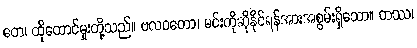
တေ၊ ထိုထောင်မှုးတို့သည်။ ဗလဝတော၊ မင်းကိုဆိုနိုင်ရန်အားအစွမ်းရှိသော။ တဿ၊